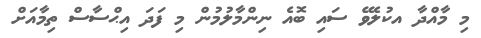
މި މާއްދާ އކުލެވޭ ސައި ބޮއެ ނިންމާލުމުން މި ފަދަ އިޙްސާސް ތިމާއަށް